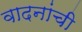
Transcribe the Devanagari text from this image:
वादनांची